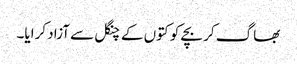
بھاگ کر بچے کو کتوں کے چنگل سے آزاد کرایا۔